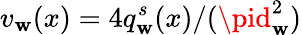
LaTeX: v_{\mathbf{w}}(x)=4q_{\mathbf{w}}^{s}(x)/(\pid_{\mathbf{w}}^{2})